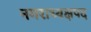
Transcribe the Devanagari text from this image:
नगराध्यक्षपद